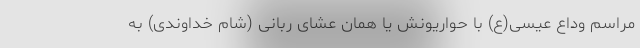
مراسم وداع عیسی(ع) با حواریونش یا همان عشای ربانی (شام خداوندی) به